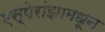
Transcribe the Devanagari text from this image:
एस्पेरांझामधून